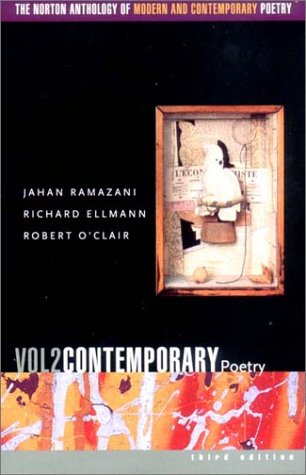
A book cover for The Norton Anthology of Modern and Contemporary Poetry, Volume 2: Contemporary Poetry; Literature & Fiction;